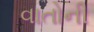
વાતોની